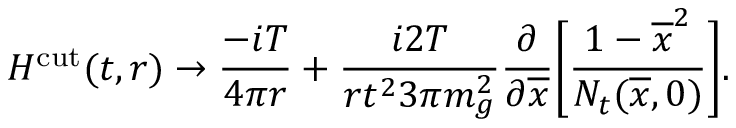
H ^ { \mathrm { c u t } } ( t , r ) \to { \frac { - i T } { 4 \pi r } } + { \frac { i 2 T } { r t ^ { 2 } 3 \pi m _ { g } ^ { 2 } } } { \frac { \partial } { \partial \overline { { { x } } } } } \bigg [ { \frac { 1 - \overline { { { x } } } ^ { 2 } } { N _ { t } ( \overline { { { x } } } , 0 ) } } \bigg ] .